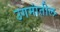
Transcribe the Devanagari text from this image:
उगमांतील